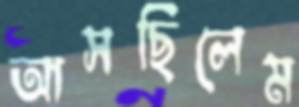
আসছিলেম